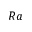
R a